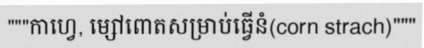
"""កាហ្វេ, ម្សៅពោតសម្រាប់ធ្វើនំ(corn strach)"""